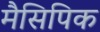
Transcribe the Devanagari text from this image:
मैसिपिक